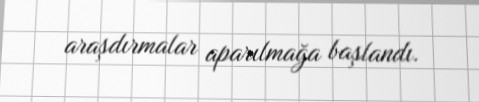
araşdırmalar aparılmağa başlandı.